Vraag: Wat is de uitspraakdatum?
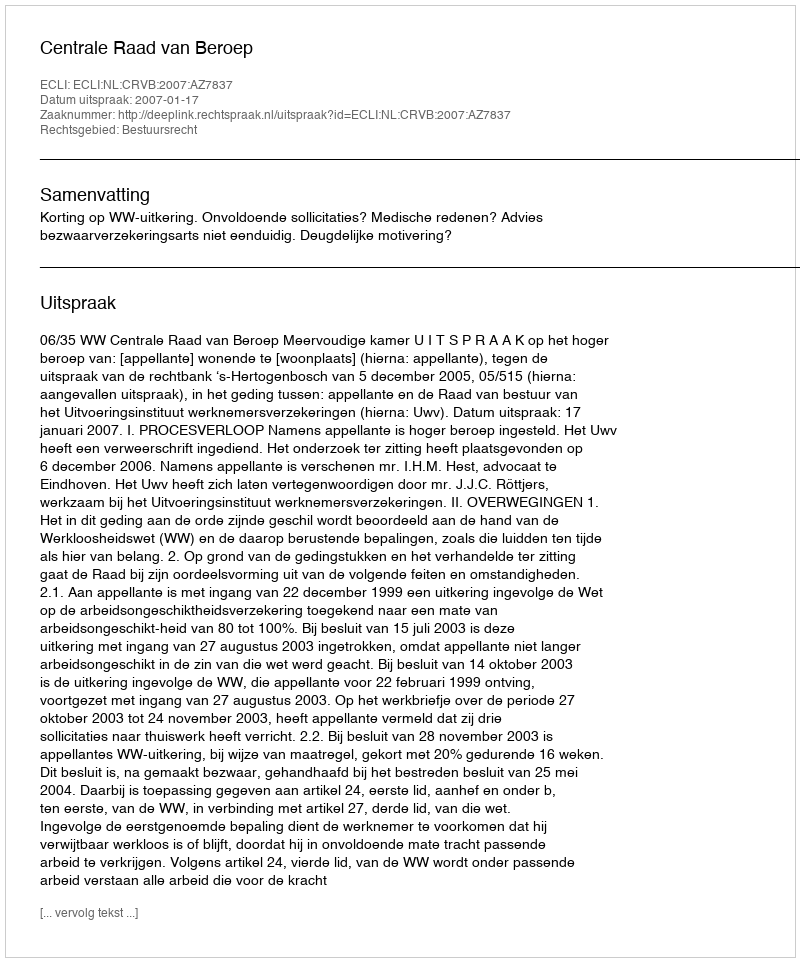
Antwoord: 2007-01-17